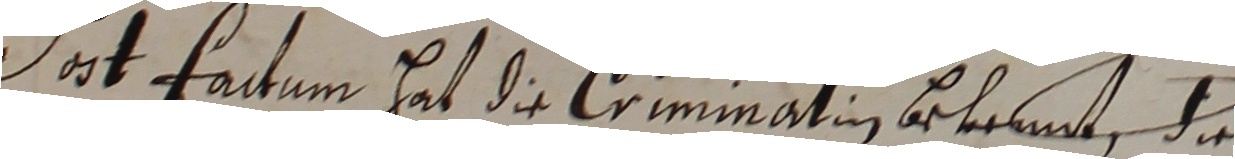
Dert factum hat die Criminatin bekalnt, da